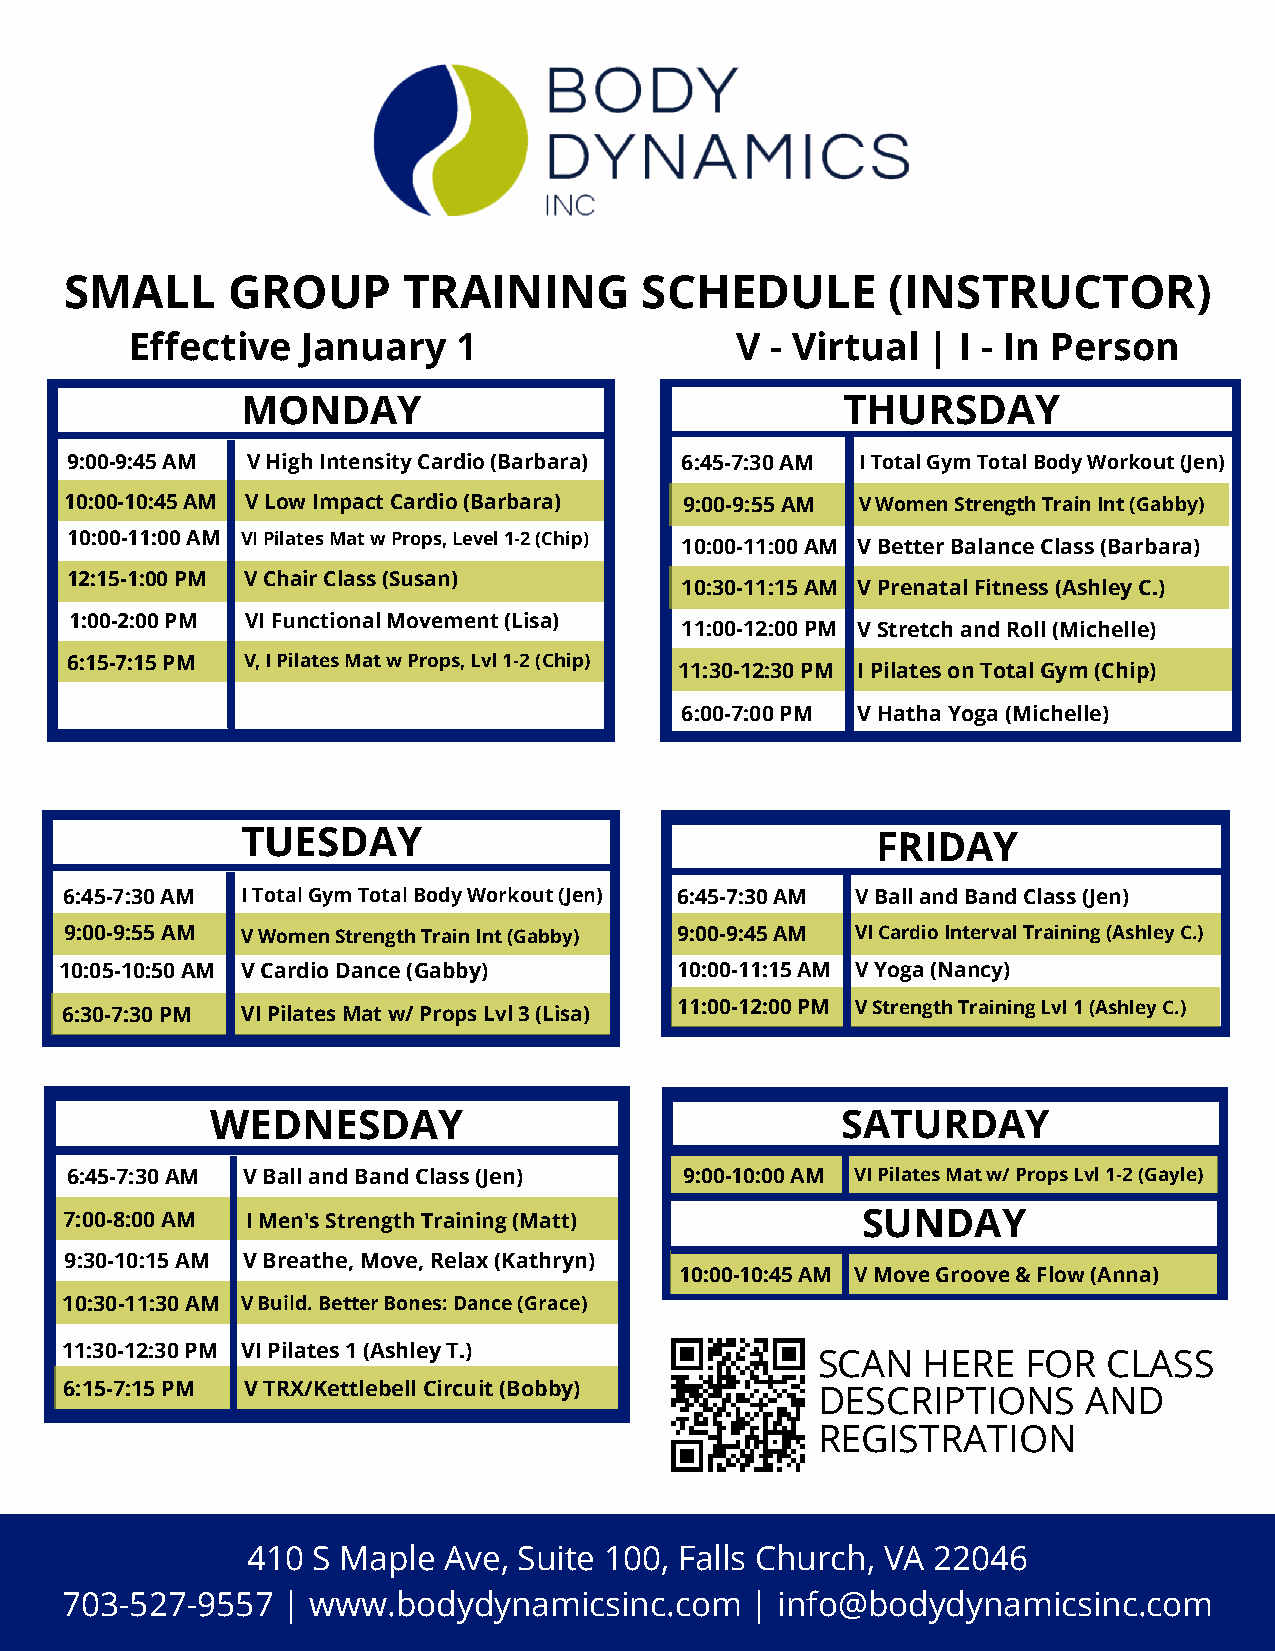
SMALL      GROUP       TRAINING       SCHEDULE         (INSTRUCTOR)
 Effective  January   1                  V - Virtual  | I - In Person
 MONDAY                                  THURSDAY
 9:00-9:45 AM V High Intensity Cardio (Barbara) 6:45-7:30 AM I Total Gym Total Body Workout (Jen)
 10:00-10:45 AM V Low Impact Cardio (Barbara) 9:00-9:55 AM V Women Strength Train Int (Gabby)
 10:00-11:00 AM VI Pilates Mat w Props, Level 1-2 (Chip)
 10:00-11:00 AM V Better Balance Class (Barbara)
 12:15-1:00 PM V Chair Class (Susan)
 10:30-11:15 AM V Prenatal Fitness (Ashley C.)
 1:00-2:00 PM VI Functional Movement (Lisa)
 11:00-12:00 PM V Stretch and Roll (Michelle)
 6:15-7:15 PM V, I Pilates Mat w Props, Lvl 1-2 (Chip)
 11:30-12:30 PM I Pilates on Total Gym (Chip)
 6:00-7:00 PM V Hatha Yoga (Michelle)
 TUESDAY                                   FRIDAY
 6:45-7:30 AM I Total Gym Total Body Workout (Jen) 6:45-7:30 AM V Ball and Band Class (Jen)
 9:00-9:55 AM V Women Strength Train Int (Gabby) 9:00-9:45 AM VI Cardio Interval Training (Ashley C.)
 10:05-10:50 AM V Cardio Dance (Gabby)    10:00-11:15 AM V Yoga (Nancy)
 6:30-7:30 PM VI Pilates Mat w/ Props Lvl 3 (Lisa) 11:00-12:00 PM V Strength Training Lvl 1 (Ashley C.)
 WEDNESDAY                                 SATURDAY
 6:45-7:30 AM V Ball and Band Class (Jen) 9:00-10:00 AM VI Pilates Mat w/ Props Lvl 1-2 (Gayle)
 7:00-8:00 AM I Men's Strength Training (Matt)        SUNDAY
 9:30-10:15 AM V Breathe, Move, Relax (Kathryn)
 10:00-10:45 AM V Move Groove & Flow (Anna)
 10:30-11:30 AM V Build. Better Bones: Dance (Grace)
 11:30-12:30 PM VI Pilates 1 (Ashley T.)
 SCAN   HERE   FOR  CLASS
 6:15-7:15 PM V TRX/Kettlebell Circuit (Bobby)
 DESCRIPTIONS      AND
 REGISTRATION
 410  S Maple Ave, Suite 100, Falls Church, VA 22046
 703-527-9557   | www.bodydynamicsinc.com      | info@bodydynamicsinc.com